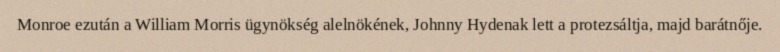
Monroe ezután a William Morris ügynökség alelnökének, Johnny Hydenak lett a protezsáltja, majd barátnője.